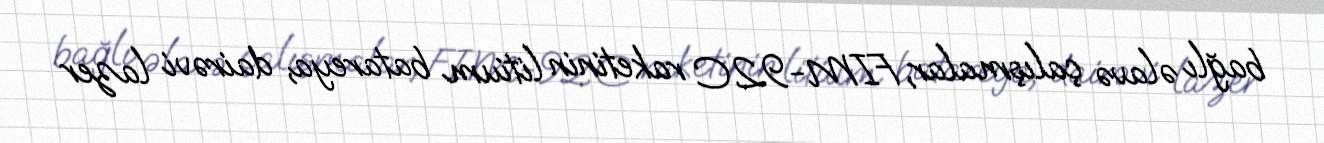
bağlı əlavə çalışmalar, FIM-92C raketinin litium batareya, dairəvi lazer